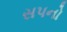
સપનો